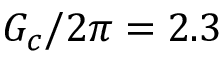
G _ { c } / 2 \pi = 2 . 3